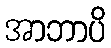
အာဘာပိ